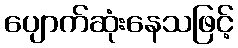
ပျောက်ဆုံးနေသဖြင့်